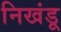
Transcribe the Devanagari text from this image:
निखंडू